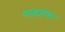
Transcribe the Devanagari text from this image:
पाड्यांवर